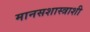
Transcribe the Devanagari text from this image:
मानसशास्त्राशी